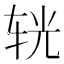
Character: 𨐈